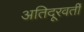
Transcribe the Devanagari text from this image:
अतिदूरवर्ती